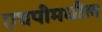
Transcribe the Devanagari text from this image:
एचपीमधील